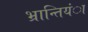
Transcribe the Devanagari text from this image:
भ्रान्तियंा